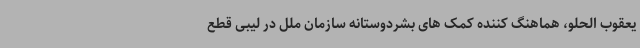
یعقوب الحلو، هماهنگ کننده کمک های بشردوستانه سازمان ملل در لیبی قطع